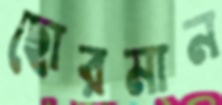
ছোরমান